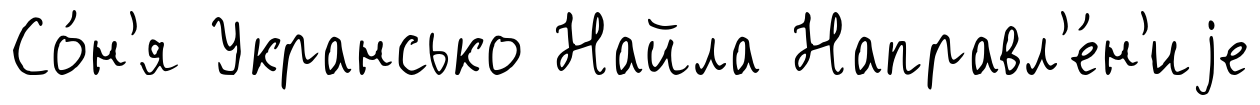
Со́н'я Укрансько Найла Направл'е́н'иjе